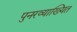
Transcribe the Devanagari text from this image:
पुनरव्याख्यित